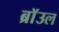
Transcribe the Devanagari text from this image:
ब्राॅउल